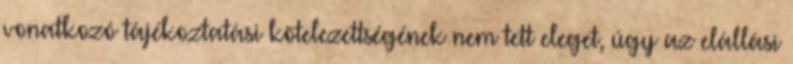
vonatkozó tájékoztatási kötelezettségének nem tett eleget, úgy az elállási